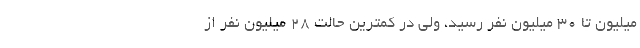
میلیون تا ۳۰ میلیون نفر رسید، ولی در کمترین حالت ۲۸ میلیون نفر از